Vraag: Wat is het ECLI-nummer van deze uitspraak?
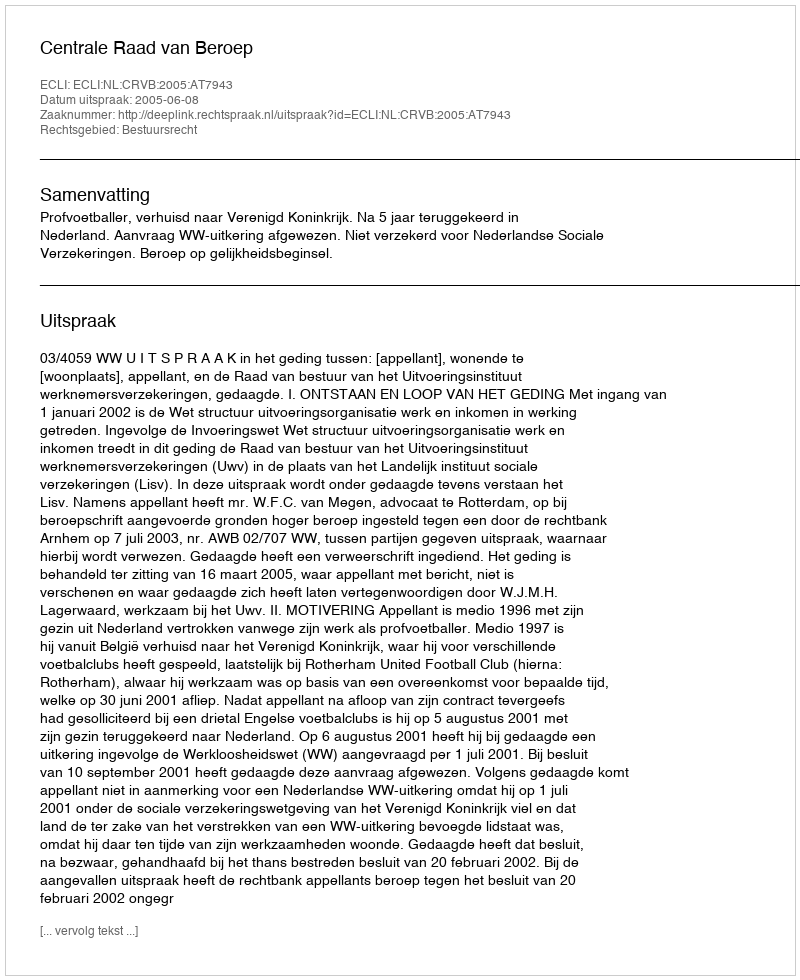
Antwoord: ECLI:NL:CRVB:2005:AT7943